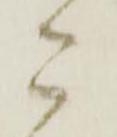
こ